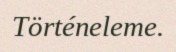
Történeleme.